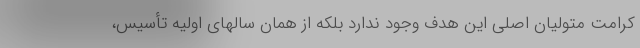
کرامت متولیان اصلی این هدف وجود ندارد بلکه از همان سالهای اولیه تأسیس،